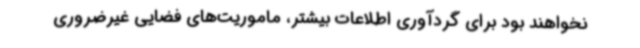
نخواهند بود برای گردآوری اطلاعات بیشتر،‌ ماموریت‌های فضایی غیرضروری